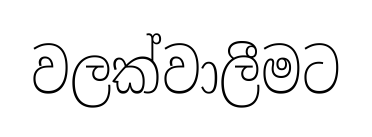
වලක්වාලීමට